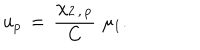
LaTeX: u _ { p } \, = \, { \frac { \chi _ { 2 \, , \, p } } { C } } \, \, \mu _ { 1 } .